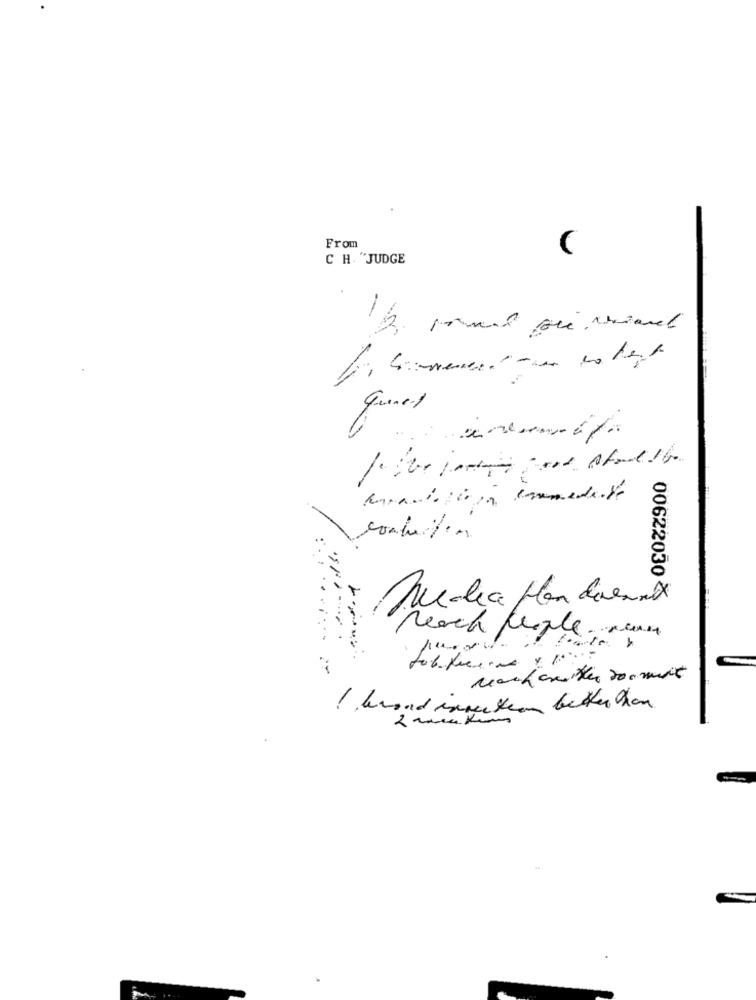
From
C H. "JUDGE
quenet
00622030<3
Media Hon duremex
Reach people. run
I buand inmethan better than